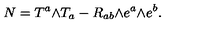
N = T ^ { a } \mathrm { \tiny \wedge } T _ { a } - R _ { a b } \mathrm { \tiny \wedge } e ^ { a } \mathrm { \tiny \wedge } e ^ { b } .